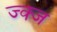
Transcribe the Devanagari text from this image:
ज्क्ज